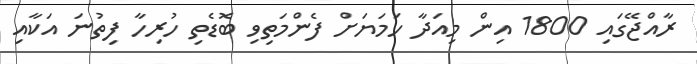
ރާއްޖޭގައި 1800 އިން މިއަދާ ހަމަޔަށް ފެންމަތިވި ބޮޑެތި ހުރިހާ ފިތުނަ އަކާއި